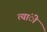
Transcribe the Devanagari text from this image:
त्यांी